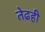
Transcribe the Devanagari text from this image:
तेढही